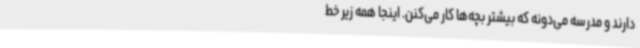
دارند و مدرسه می‌دونه که بیشتر بچه‌ها کار می‌کنن. اینجا همه زیر خط